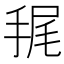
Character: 𢭶